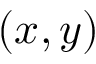
( x , y )